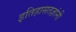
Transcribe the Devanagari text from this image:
इतिहासतज्ञांनी